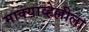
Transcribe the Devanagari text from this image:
माक्याव्हेल्लीला